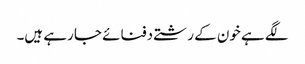
لگے ہے خون کے رشتے دفنائے جا رہے ہیں۔